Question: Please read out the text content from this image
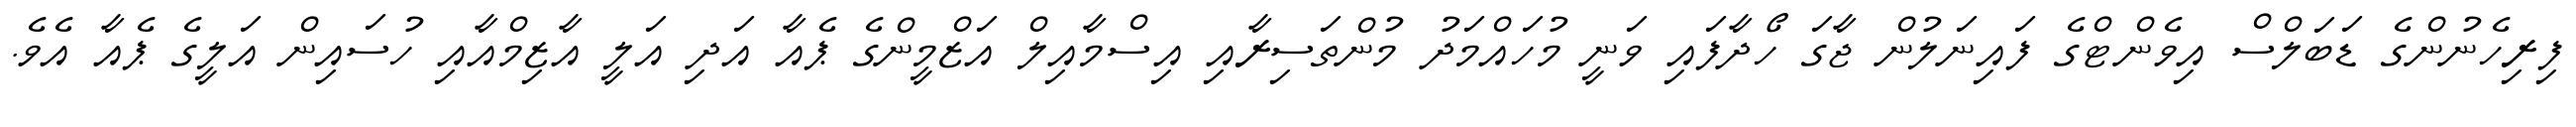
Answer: ފިރިހެނުންގެ ޑަބަލްސް އިވެންޓްގެ ފައިނަލުން ޖާގަ ހޯދާފައި ވަނީ މުހައްމަދު މުންތަސިރާއި އިސްމާއިލް އަޒްމީންގެ ޕެއާ އަދި އަލީ އާޒިމްއާއި ހުސައިން އަލީގެ ޕެއާ އެވެ.